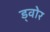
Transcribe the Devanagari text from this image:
ड्वोर